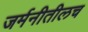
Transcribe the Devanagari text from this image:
जर्मनीतीलच